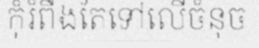
កុំរំពឹងតែទៅលើចំនុច